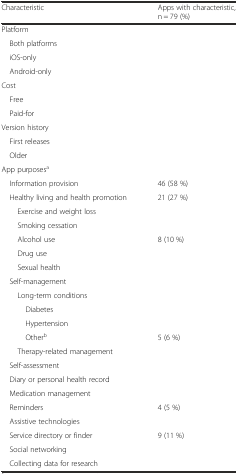
<table><thead><tr><td><b>Characteristic</b></td><td><b>Apps with characteristic, n = 79 (%)</b></td></tr></thead><tbody><tr><td>Platform</td><td>[EMPTY_CELL]</td></tr><tr><td> Both platforms</td><td>[EMPTY_CELL]</td></tr><tr><td> iOS-only</td><td>[EMPTY_CELL]</td></tr><tr><td> Android-only</td><td>[EMPTY_CELL]</td></tr><tr><td>Cost</td><td>[EMPTY_CELL]</td></tr><tr><td> Free</td><td>[EMPTY_CELL]</td></tr><tr><td> Paid-for</td><td>[EMPTY_CELL]</td></tr><tr><td>Version history</td><td>[EMPTY_CELL]</td></tr><tr><td> First releases</td><td>[EMPTY_CELL]</td></tr><tr><td> Older</td><td>[EMPTY_CELL]</td></tr><tr><td>App purposes<sup>a</sup></td><td>[EMPTY_CELL]</td></tr><tr><td> Information provision</td><td>46 (58 %)</td></tr><tr><td> Healthy living and health promotion</td><td>21 (27 %)</td></tr><tr><td>Exercise and weight loss</td><td>[EMPTY_CELL]</td></tr><tr><td>Smoking cessation</td><td>[EMPTY_CELL]</td></tr><tr><td>Alcohol use</td><td>8 (10 %)</td></tr><tr><td>Drug use</td><td>[EMPTY_CELL]</td></tr><tr><td>Sexual health</td><td>[EMPTY_CELL]</td></tr><tr><td> Self-management</td><td>[EMPTY_CELL]</td></tr><tr><td>Long-term conditions</td><td>[EMPTY_CELL]</td></tr><tr><td>Diabetes</td><td>[EMPTY_CELL]</td></tr><tr><td>Hypertension</td><td>[EMPTY_CELL]</td></tr><tr><td>Other<sup>b</sup></td><td>5 (6 %)</td></tr><tr><td>Therapy-related management</td><td>[EMPTY_CELL]</td></tr><tr><td> Self-assessment</td><td>[EMPTY_CELL]</td></tr><tr><td> Diary or personal health record</td><td>[EMPTY_CELL]</td></tr><tr><td> Medication management</td><td>[EMPTY_CELL]</td></tr><tr><td> Reminders</td><td>4 (5 %)</td></tr><tr><td> Assistive technologies</td><td>[EMPTY_CELL]</td></tr><tr><td> Service directory or finder</td><td>9 (11 %)</td></tr><tr><td> Social networking</td><td>[EMPTY_CELL]</td></tr><tr><td> Collecting data for research</td><td>[EMPTY_CELL]</td></tr></tbody></table>